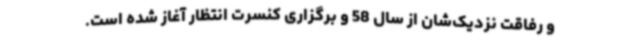
و رفاقت نزدیک‌شان از‌ سال 58 و برگزاری کنسرت انتظار آغاز شده است.